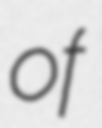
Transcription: of